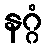
နဂ္ဂံ